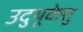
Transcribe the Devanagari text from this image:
उदुथूकेत्तु